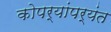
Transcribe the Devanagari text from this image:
कोपर्‍यांपर्यंत